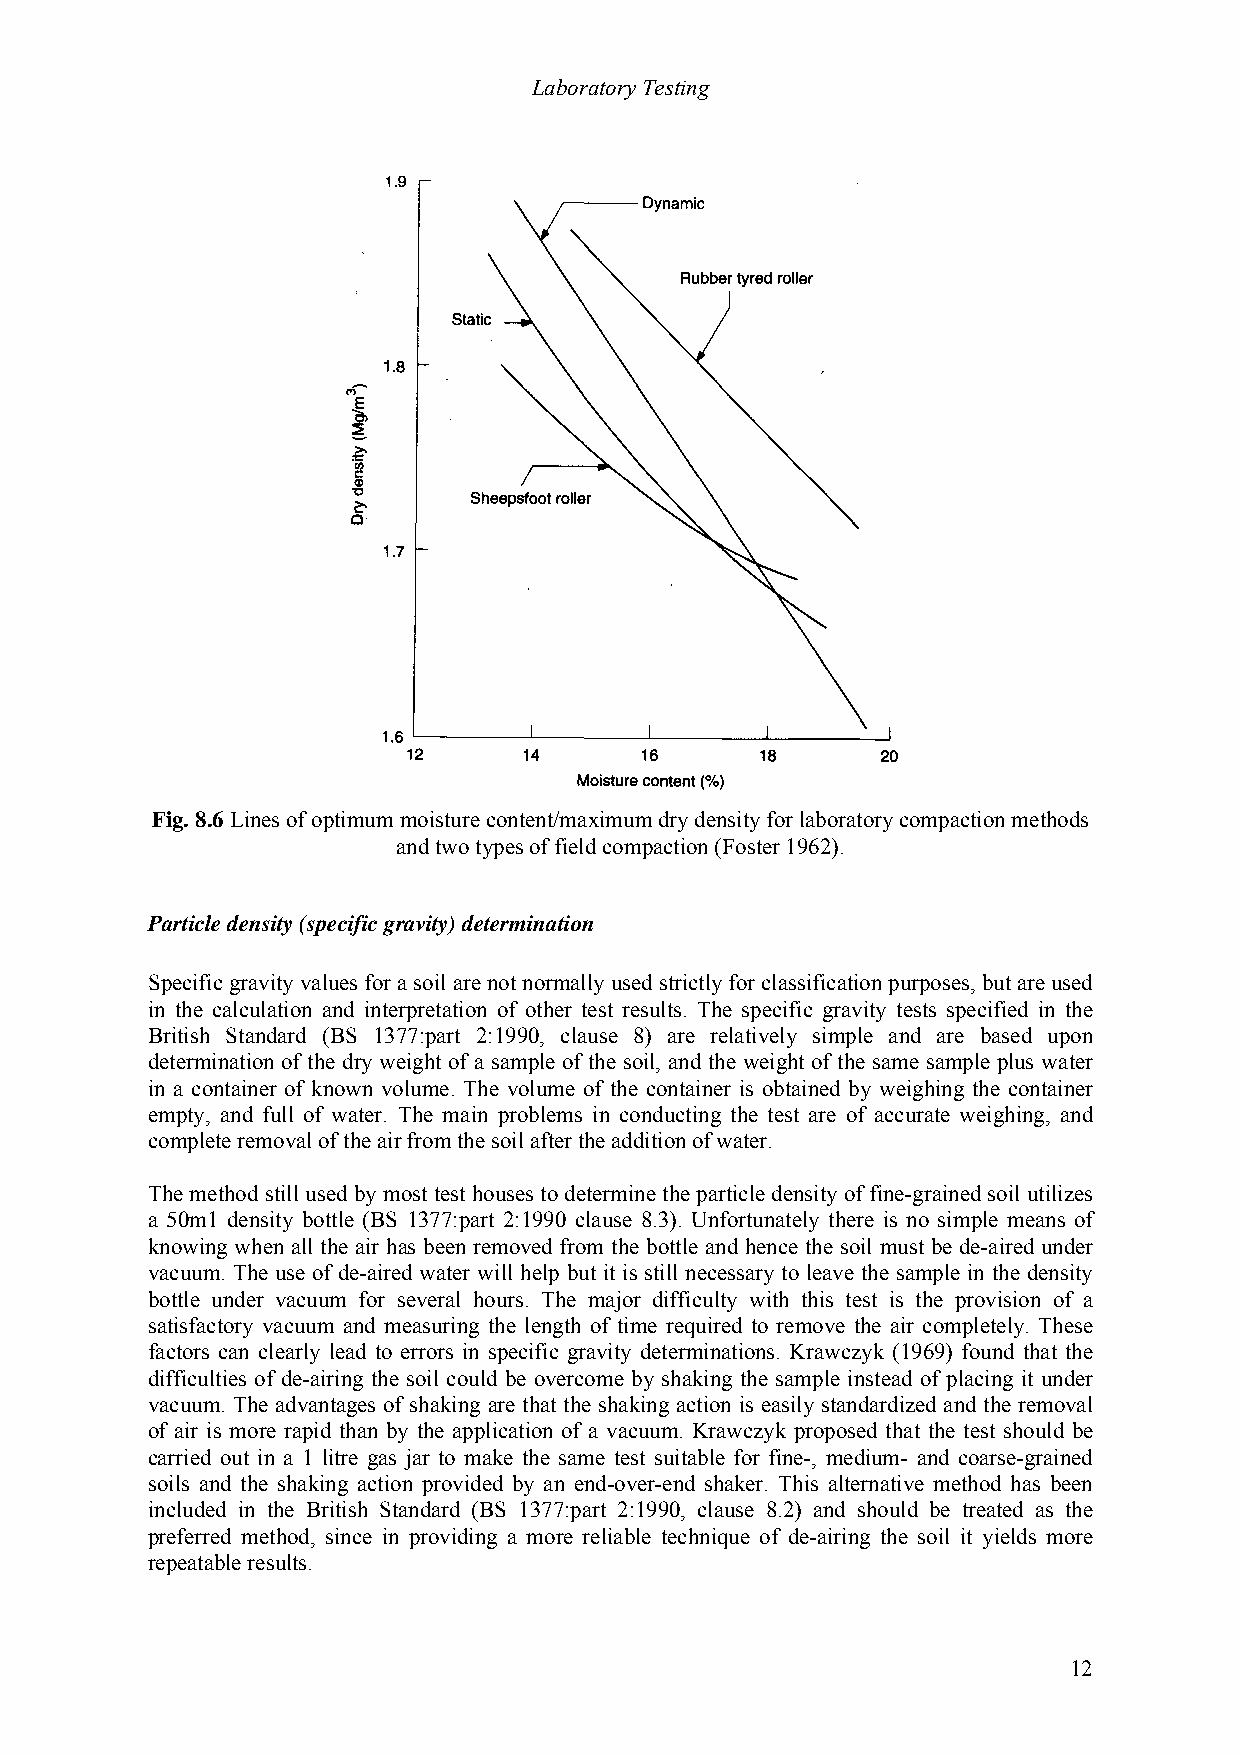
Laboratory Testing
 Fig. 8.6 Lines of optimum moisture content/maximum dry density for laboratory compaction methods
 and two types of field compaction (Foster 1962).
 Particle density (specific gravity) determination
 Specific gravity values for a soil are not normally used strictly for classification purposes, but are used
 in the calculation and interpretation of other test results. The specific gravity tests specified in the
 British Standard (BS 1377:part 2:1990, clause 8) are relatively simple and are based upon
 determination of the dry weight of a sample of the soil, and the weight of the same sample plus water
 in a container of known volume. The volume of the container is obtained by weighing the container
 empty, and full of water. The main problems in conducting the test are of accurate weighing, and
 complete removal of the air from the soil after the addition of water.
 The method still used by most test houses to determine the particle density of fine-grained soil utilizes
 a 50m1 density bottle (BS 1377:part 2:1990 clause 8.3). Unfortunately there is no simple means of
 knowing when all the air has been removed from the bottle and hence the soil must be de-aired under
 vacuum. The use of de-aired water will help but it is still necessary to leave the sample in the density
 bottle under vacuum for several hours. The major difficulty with this test is the provision of a
 satisfactory vacuum and measuring the length of time required to remove the air completely. These
 factors can clearly lead to errors in specific gravity determinations. Krawczyk (1969) found that the
 difficulties of de-airing the soil could be overcome by shaking the sample instead of placing it under
 vacuum. The advantages of shaking are that the shaking action is easily standardized and the removal
 of air is more rapid than by the application of a vacuum. Krawczyk proposed that the test should be
 carried out in a 1 litre gas jar to make the same test suitable for fine-, medium- and coarse-grained
 soils and the shaking action provided by an end-over-end shaker. This alternative method has been
 included in the British Standard (BS 1377:part 2:1990, clause 8.2) and should be treated as the
 preferred method, since in providing a more reliable technique of de-airing the soil it yields more
 repeatable results.
 12